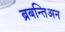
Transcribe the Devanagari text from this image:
ब्रबन्तिअन